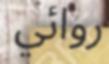
روائي